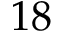
1 8